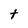
Character: t